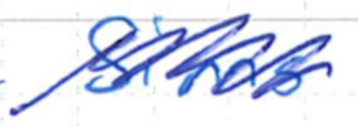
Text: Sims
Cross-out: scratch
Writing tool: ballpoint